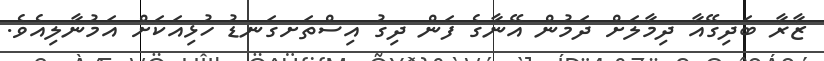
ޒާރާ ބަދިގޭއާ ދިމާލަށް ދަމުން އޭނާގެ ފަން ދިގު އިސްތަށގަނޑު ހުޅިއަކަށް އަމުނާލިއެވެ.